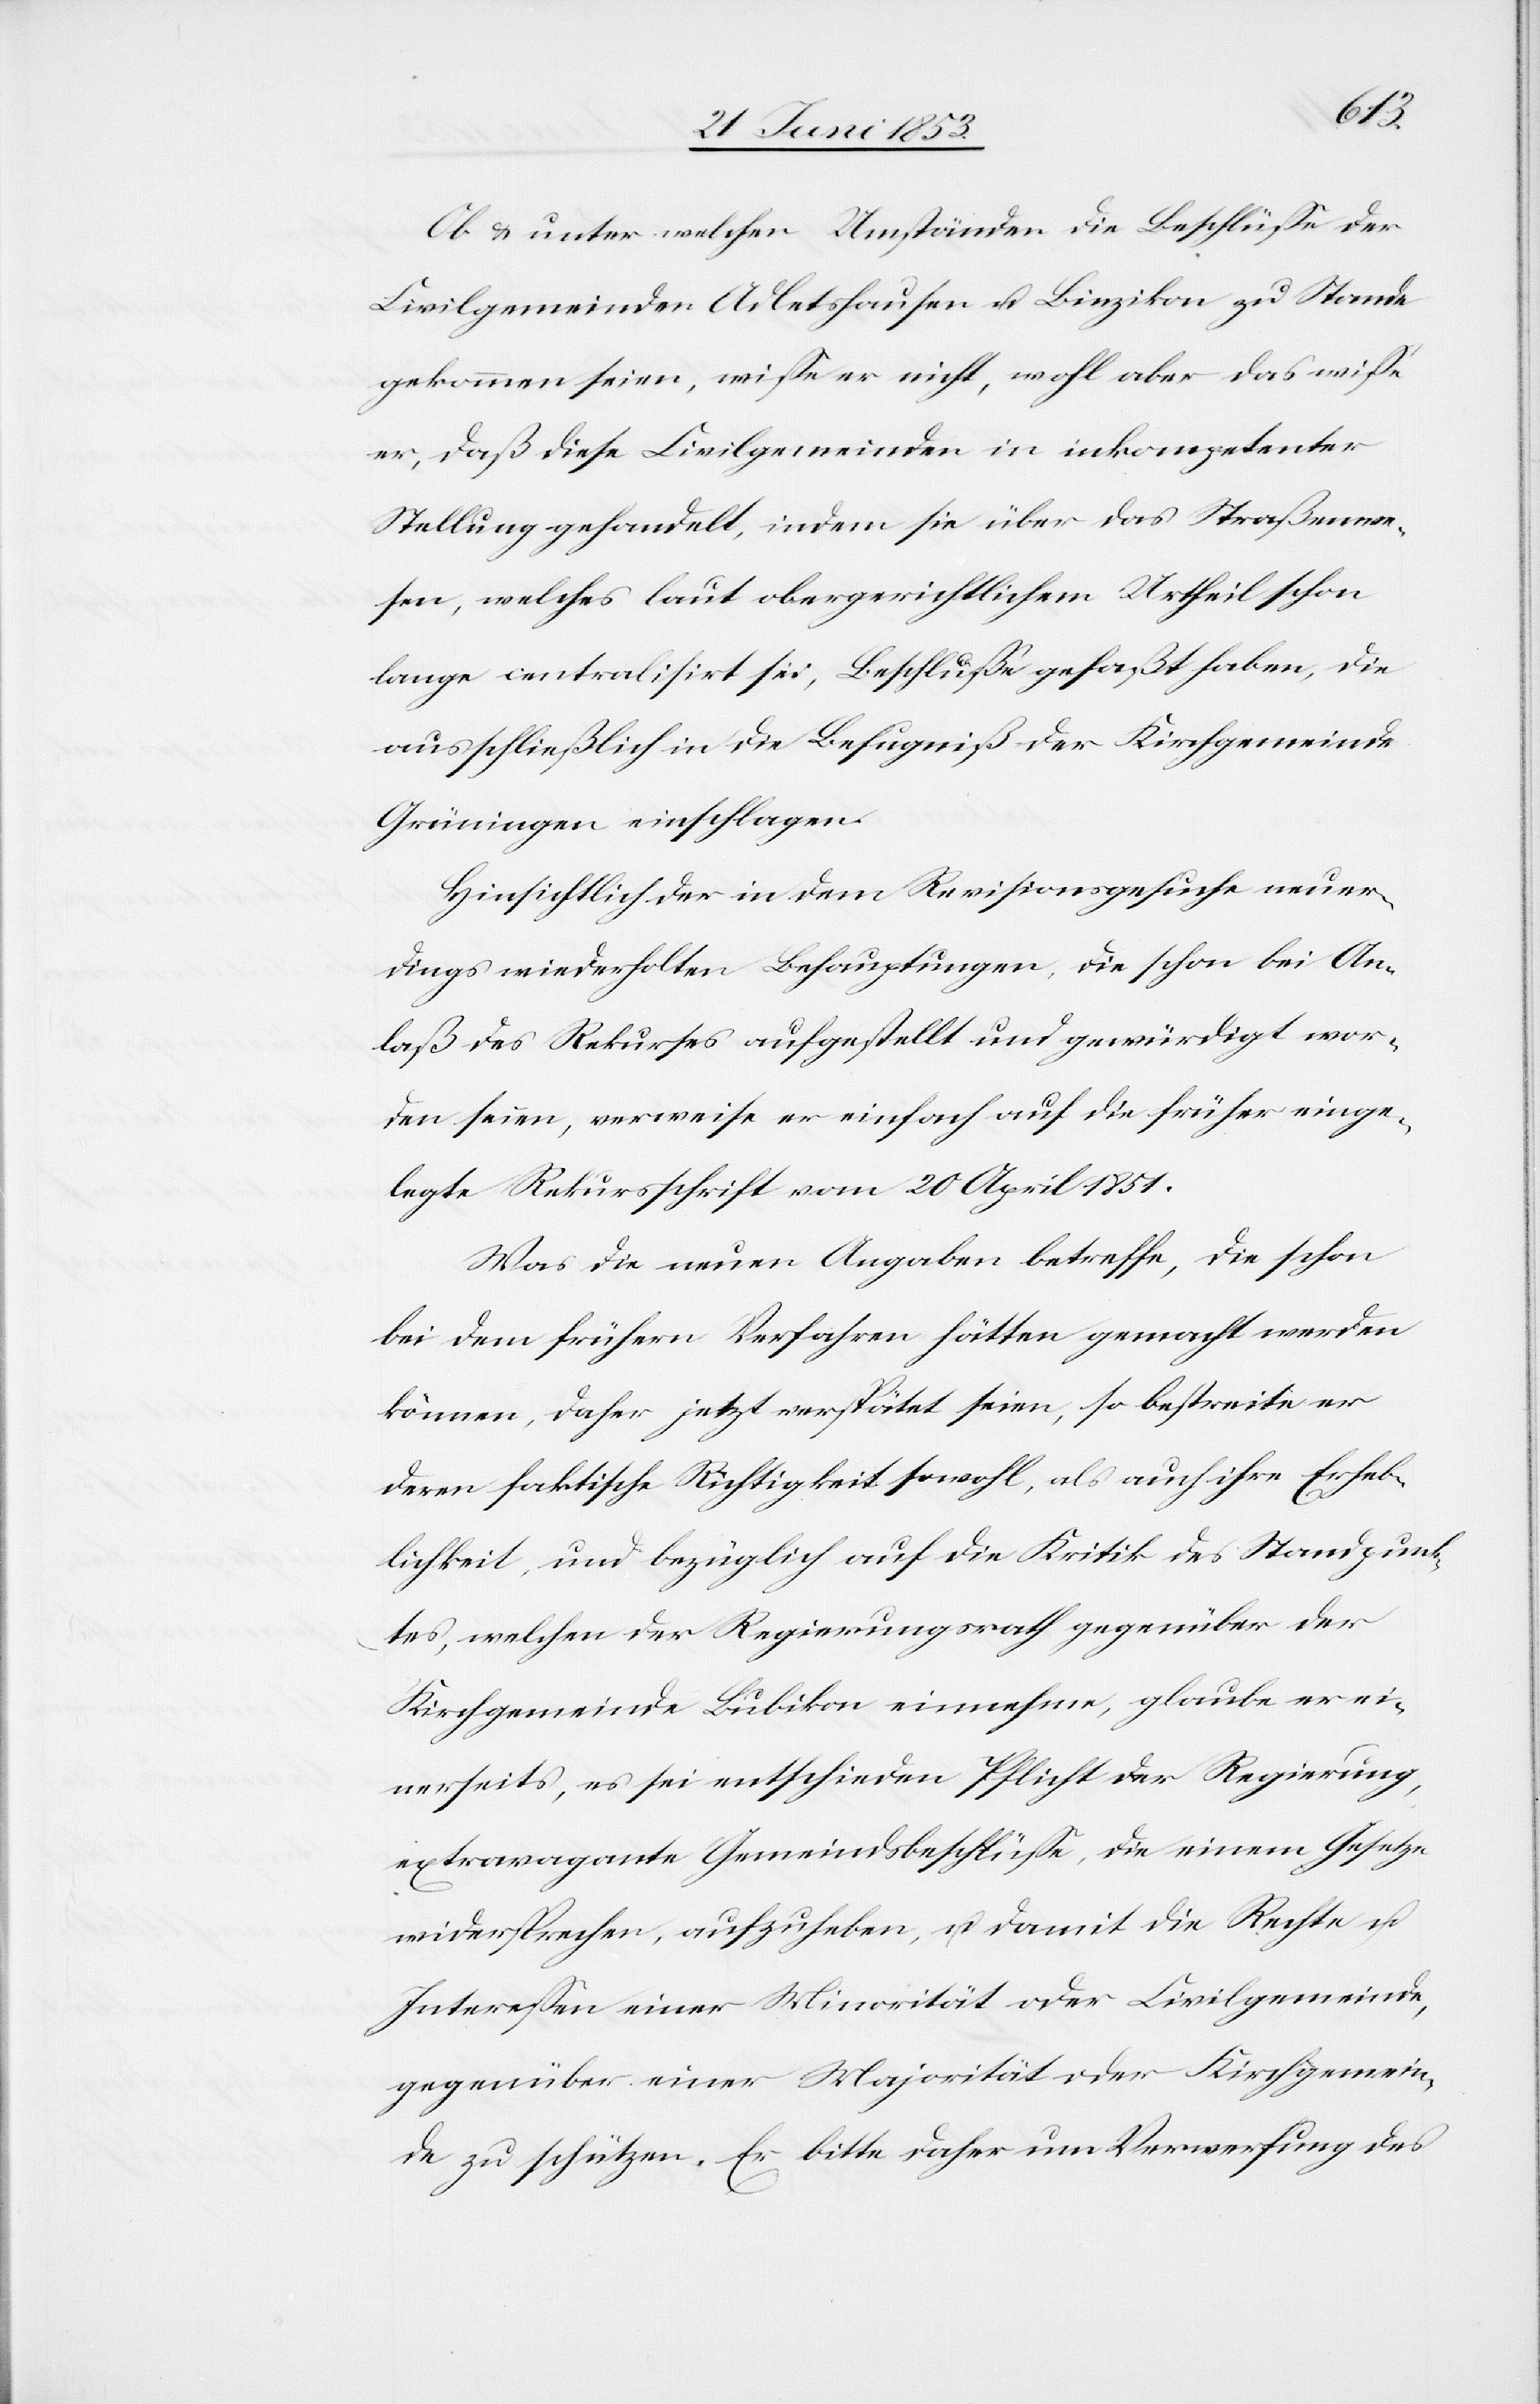
Ob u. unter welcher Umständen die Beschlüße der
Civilgemeinden Adletshausen u. Binzikon zu Stande
gekommen seien, wiße er nicht, wohl aber das wiße
er, daß diese Civilgemeinden in inkompetenter
Stellung gehandelt, indem sie über das Straßenwe¬
sen, welches laut obergerichtlichen Urtheil schon
lange centralisirt sei, Beschlüße gefaßt haben, die
ausschließlich in die Befugniß der Kirchgemeinde
Grüningen einschlagen.
Hinsichtlich der in dem Revisionsgesuche neuer¬
dings wiederholten Behauptungen, die schon bei An¬
laß des Rekurses aufgestellt und gewürdigt wor¬
den seien, verweise er einfach auf die früher einge¬
legte Rekursschrift vom 20. April 1851.
Was die neuen Angaben betreffe, die schon
bei dem frühern Verfahren hätten gemacht werden
können, daher nicht verspätet seien, so bestreite er
deren faktische Richtigkeit sowohl, als auch ihre Erheb¬
lichkeit, und bezüglich auf die Kritik des Standpunk¬
tes, welchen der Regierungsrath gegenüber der
Kirchgemeinde Bubikon einnehme, glaube er ei¬
nerseits, es sei entschieden Pflicht der Regierung,
extravagante Gemeindsbeschlüße, die einem Gesetze
widersprechen, aufzuheben, u. damit die Rechte u.
Intereßen einer Minorität oder Kirchgemeinde,
gegenüber einer Majorität oder Kirchgemein¬
de zu schützen. Er bitte daher um Verwerfung des